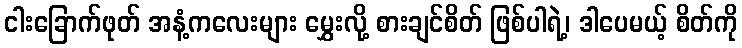
ငါးခြောက်ဖုတ် အနံ့ကလေးများ မွှေးလို့ စားချင်စိတ် ဖြစ်ပါရဲ့၊ ဒါပေမယ့် စိတ်ကို